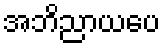
အဘိညာယပေ